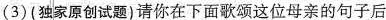
(3)(独家原创试题)请你在下面歌颂这位母亲的句子后